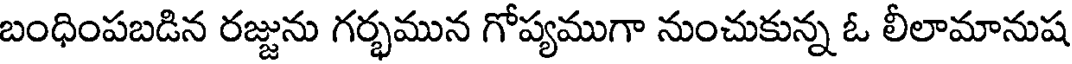
బంధింపబడిన రజ్జును గర్భమున గోప్యముగా నుంచుకున్న ఓ లీలామానుష